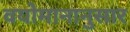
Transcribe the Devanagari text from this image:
वयोमानानुसार